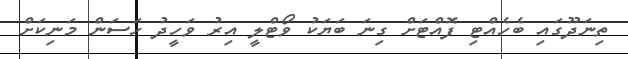
ތިނަދޫގައި ބެހެއްޓި ފޮއްޓަށް ގިނަ ބަޔަކު ވޯޓްލީ އިރު ވަހީދު ހަސަން މަނިކަށް